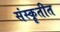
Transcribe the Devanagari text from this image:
संस्कॄतीत